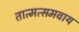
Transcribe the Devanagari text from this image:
तात्मत्समवाय